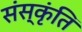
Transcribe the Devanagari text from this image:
संस्कृंति